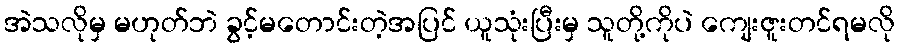
အဲသလိုမှ မဟုတ်ဘဲ ခွင့်မတောင်းတဲ့အပြင် ယူသုံးပြီးမှ သူတို့ကိုပဲ ကျေးဇူးတင်ရမလို